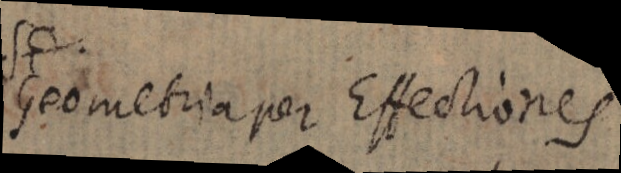
Geometria per Effectiones